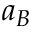
a _ { B }